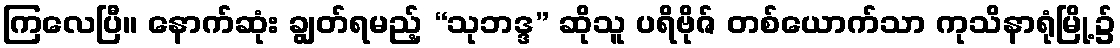
ကြလေပြီ။ နောက်ဆုံး ချွတ်ရမည့် “သုဘဒ္ဒ” ဆိုသူ ပရိဗိုဇ် တစ်ယောက်သာ ကုသိနာရုံမြို့၌